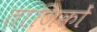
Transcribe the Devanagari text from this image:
ताज़िकों